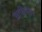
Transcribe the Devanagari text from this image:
साबियॉन